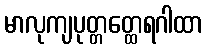
မာလုကျပုတ္တတ္ထေရဂါထာ